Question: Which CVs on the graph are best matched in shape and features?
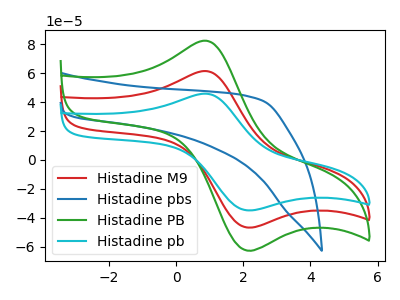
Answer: <think>The red curve "Histadine M9" has an anodic peak at (0.85V, 61.35uA) and a cathodic peak at (2.05V, -46.20uA). The blue curve "Histadine pbs" has no peaks. The green curve "Histadine PB" has an anodic peak at (0.85V, 82.30uA) and a cathodic peak at (2.05V, -62.00uA). The cyan curve "Histadine pb" has an anodic peak at (0.85V, 122.75uA) and a cathodic peak at (2.05V, -92.45uA).
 "Histadine M9" and "Histadine pbs" have a different number of peaks. All the peaks in "Histadine M9" have a peak in "Histadine PB" at the same potential. Every peak in "Histadine M9" is lower than every peak in "Histadine PB". All the peaks in "Histadine M9" have a peak in "Histadine pb" at the same potential. Every peak in "Histadine M9" is lower than every peak in "Histadine pb". "Histadine pbs" and "Histadine PB" have a different number of peaks. "Histadine pbs" and "Histadine pb" have a different number of peaks. All the peaks in "Histadine PB" have a peak in "Histadine pb" at the same potential. Every peak in "Histadine PB" is lower than every peak in "Histadine pb".</think>
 <answer>"Histadine PB", "Histadine M9" and "Histadine pb" have the same shape and are likely CV's of the same chemical.</answer>
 <eval>"Histadine PB" "Histadine M9" "Histadine pb"</eval>